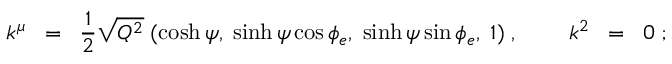
k ^ { \mu } \; \; = \; \; \frac { 1 } { 2 } \sqrt { Q ^ { 2 } } \; ( \cosh \psi , \; \sinh \psi \cos \phi _ { e } , \; \sinh \psi \sin \phi _ { e } , \; 1 ) \; , \; \; \; \; \; \; \; \; k ^ { 2 } \; \; = \; \; 0 \; ;